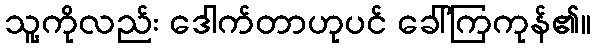
သူ့ကိုလည်း ဒေါက်တာဟုပင် ခေါ်ကြကုန်၏။